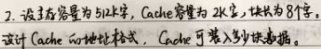
2. 设主存容量为 512 字，Cache 容量为 2K 字，块长为 8 个字。设计 Cache 地址格式，Cache 可装入多少块数据。